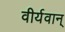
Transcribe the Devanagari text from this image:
वीर्यवान्